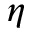
\eta